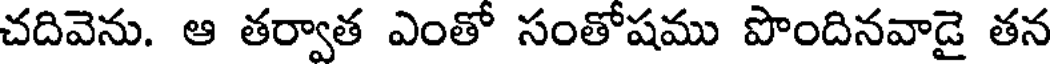
చదివెను. ఆ తర్వాత ఎంతో సంతోషము పొందినవాడై తన